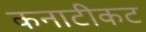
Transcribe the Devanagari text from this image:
कनाटीकट